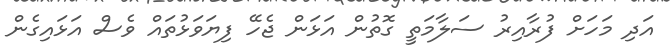
އަދި މަހަށް ފުރާއިރު ސަލާމަތީ ގޮތުން އަޅަން ޖެހޭ ފިޔަވަޅުތައް ވެސް އަޅައިގެން